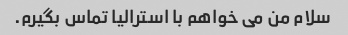
سلام من می خواهم با استرالیا تماس بگیرم.